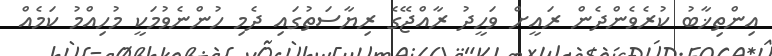
އިންތިޚާބު ކުރެވެންދެން ރައީށް ވަހީދު ރާއްޖޭގެ ރިޔާސަތުގައި ދެމި ހުންނެވުމަކީ މުހިއްމު ކަމެއް